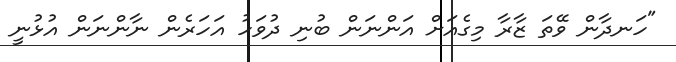
"ހަނދާން ވޭތަ ޒާރާ މިގެއަށް އަންނަން ބުނި ދުވަހު އަހަރެން ނާންނަން އުޅުނީ